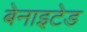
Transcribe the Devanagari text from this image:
बेनाइटेड